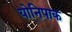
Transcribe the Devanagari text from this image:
योनिपाक